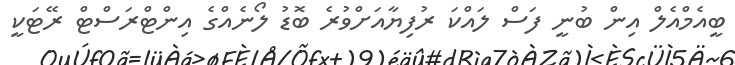
ބީއެމްއެލް އިން ބުނީ ފަސް ލައްކަ ރުފިޔާއަށްވުރެ ބޮޑު ލޯނެއްގެ އިންޓްރަސްޓް ރޭޓަކީ